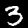
Label: 3